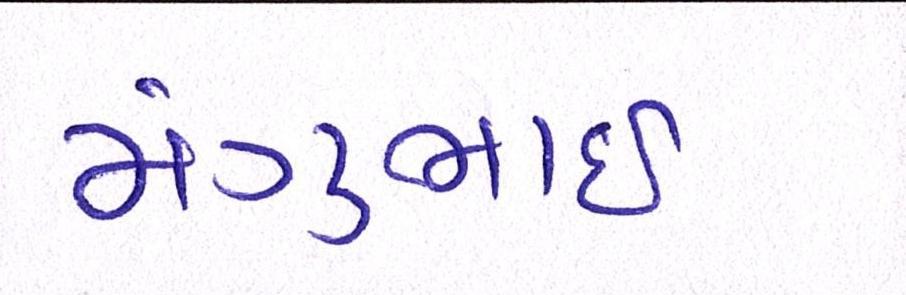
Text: મંગુભાઇ